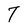
Character: T